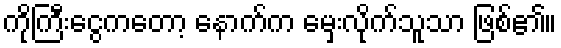
ကိုကြီးငွေကတော့ နောက်က မှေးလိုက်သူသာ ဖြစ်၏။